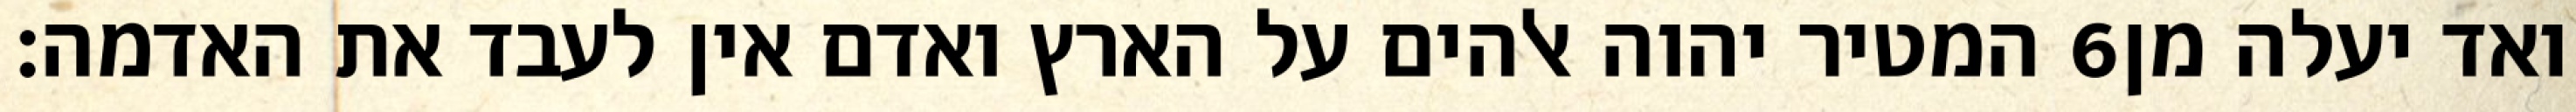
המטיר יהוה אלהים על הארץ ואדם אין לעבד את האדמה׃ ‎6‏ ואד יעלה מן